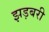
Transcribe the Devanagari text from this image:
झड़बरी